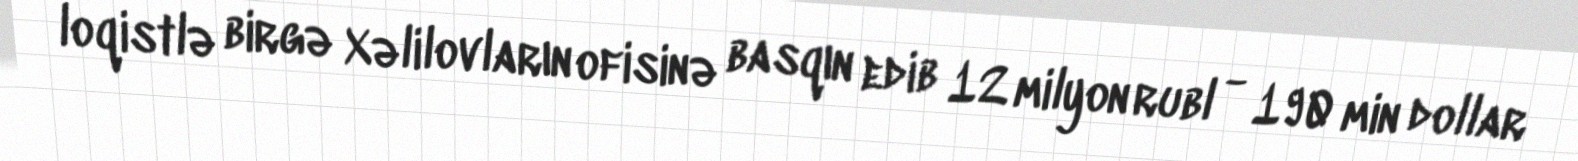
loqistlə birgə Xəlilovların ofisinə basqın edib 12 milyon rubl - 190 min dollar